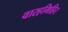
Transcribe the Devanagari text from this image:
वारहमिहिर